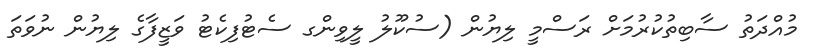
މުއްދަތު ސާބިތުކުރުމަށް ރަސްމީ ލިޔުން (ސުކޫލު ލީވިންގ ސެޓުފިކެޓު ވަޒީފާގެ ލިޔުން ނުވަތަ